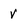
Character: V